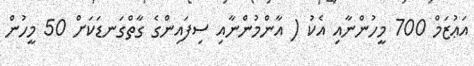
އަޢުޒަމް 700 މީހުންނާއި އެކު ( އާންމުންނާއި ސިފައިންގެ ގާތްގަނޑަކަށް 50 މީހުން